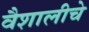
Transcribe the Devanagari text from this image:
वैशालीचे